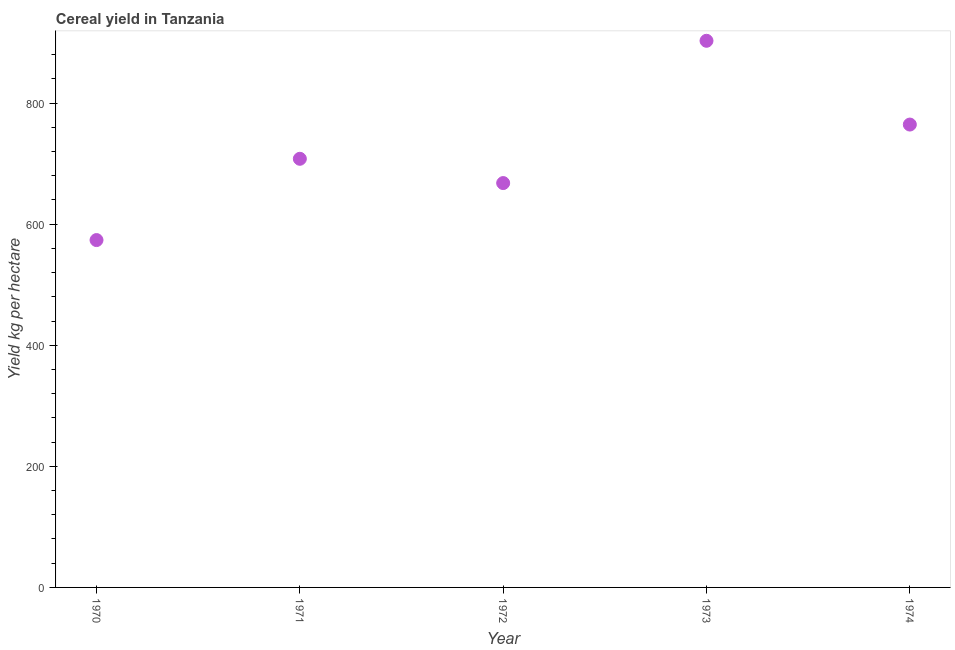
| Year | Cereal yield |
 | --- | --- |
 | 1970 | 574 |
 | 1971 | 708 |
 | 1972 | 668 |
 | 1973 | 903 |
 | 1974 | 765 |